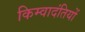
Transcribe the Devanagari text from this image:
किम्वादंतियों